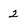
Character: 2